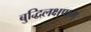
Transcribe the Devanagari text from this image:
बुद्धिलक्षणम्‌